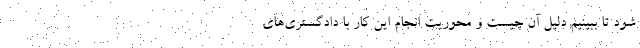
شود تا ببینیم دلیل آن چیست و محوریت انجام این کار با دادگستری‌های